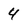
Character: 4